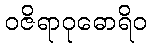
ဝဇိရာဝုဓောရိဝ